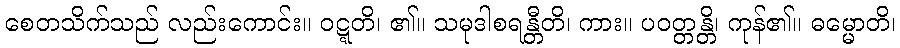
စေတသိက်သည် လည်းကောင်း။ ဝဋ္ဋတိ၊ ၏။ သမုဒါစရန္တီတိ၊ ကား။ ပဝတ္တန္တိ၊ ကုန်၏။ ဓမ္မောတိ၊